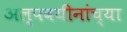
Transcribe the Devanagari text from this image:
अल्पवयीनांच्या